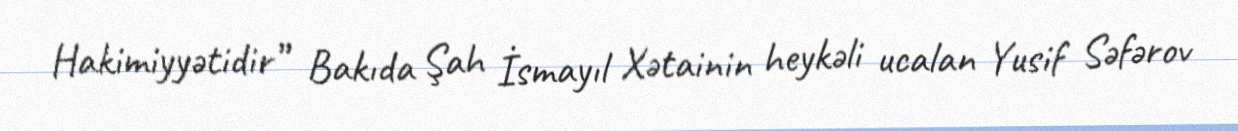
Hakimiyyətidir” Bakıda Şah İsmayıl Xətainin heykəli ucalan Yusif Səfərov